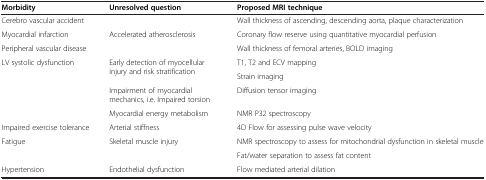
<table><thead><tr><td><b>Morbidity</b></td><td><b>Unresolved question</b></td><td><b>Proposed MRI technique</b></td></tr></thead><tbody><tr><td>Cerebro vascular accident</td><td rowspan="3">Accelerated atherosclerosis</td><td>Wall thickness of ascending, descending aorta, plaque characterization</td></tr><tr><td>Myocardial infarction</td><td>Coronary flow reserve using quantitative myocardial perfusion</td></tr><tr><td>Peripheral vascular disease</td><td>Wall thickness of femoral arteries, BOLD imaging</td></tr><tr><td rowspan="4">LV systolic dysfunction</td><td rowspan="2">Early detection of myocellular injury and risk stratification</td><td>T1, T2 and ECV mapping</td></tr><tr><td>Strain imaging</td></tr><tr><td>Impairment of myocardial mechanics, i.e. Impaired torsion</td><td>Diffusion tensor imaging</td></tr><tr><td>Myocardial energy metabolism</td><td>NMR P32 spectroscopy</td></tr><tr><td>Impaired exercise tolerance</td><td>Arterial stiffness</td><td>4D Flow for assessing pulse wave velocity</td></tr><tr><td rowspan="2">Fatigue</td><td rowspan="2">Skeletal muscle injury</td><td>NMR spectroscopy to assess for mitochondrial dysfunction in skeletal muscle</td></tr><tr><td>Fat/water separation to assess fat content</td></tr><tr><td>Hypertension</td><td>Endothelial dysfunction</td><td>Flow mediated arterial dilation</td></tr></tbody></table>